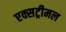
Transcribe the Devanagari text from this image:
एक्सट्रीमल